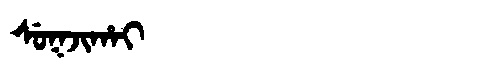
Manchu: ᠰᡠᡴᠵᡳᡥᠠᡳ
Romanization: SUKJIHAI